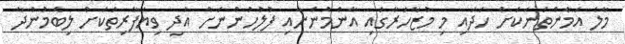
މާލެ އަމާންތަނަކަށް ހަދައި މި މުޒާހަރާގައި އާންމުންނާއި ފުލުހުންނަށް އަދި ވިޔަފާރިތަކަށް ލިބެމުންދާ